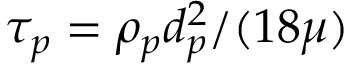
\tau _ { p } = \rho _ { p } d _ { p } ^ { 2 } / ( 1 8 \mu )